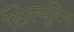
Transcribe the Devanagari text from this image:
सिल्यूरिन